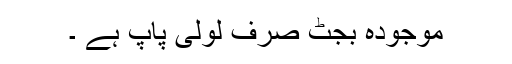
موجودہ بجٹ صرف لولی پاپ ہے ۔